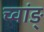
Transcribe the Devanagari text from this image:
च्वांङ्